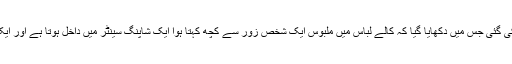
مشق رات کے وقت کی گئی جس میں دکھایا گیا کہ کالے لباس میں ملبوس ایک شخص زور سے کچھ کہتا ہوا ایک شاپنگ سینٹر میں داخل ہوتا ہے اور ایک دھماکہ ہو جاتا ہے۔